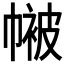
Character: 𭘴